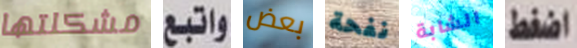
مشكلتها واتبع بعض نفحة الشابة اضغط